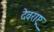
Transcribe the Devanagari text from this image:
देवराष्ट्र